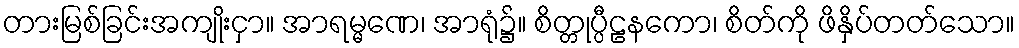
တားမြစ်ခြင်းအကျိုးငှာ။ အာရမ္မဏေ၊ အာရုံ၌။ စိတ္တုပ္ပီဠနကော၊ စိတ်ကို ဖိနှိပ်တတ်သော။